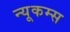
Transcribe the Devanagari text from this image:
न्यूकम्स